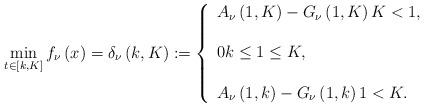
LaTeX: \begin{align*}\min_{t\in \left[ k,K\right] }f_{\nu }\left( x\right) =\delta _{\nu }\left(k,K\right) :=\left\{ \begin{array}{l}A_{\nu }\left( 1,K\right) -G_{\nu }\left( 1,K\right) K<1, \\ \\ 0k\leq 1\leq K, \\ \\ A_{\nu }\left( 1,k\right) -G_{\nu }\left( 1,k\right) 1<K.\end{array}\right. \end{align*}